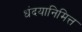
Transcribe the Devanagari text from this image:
धंदयानिमित्त्‍ा